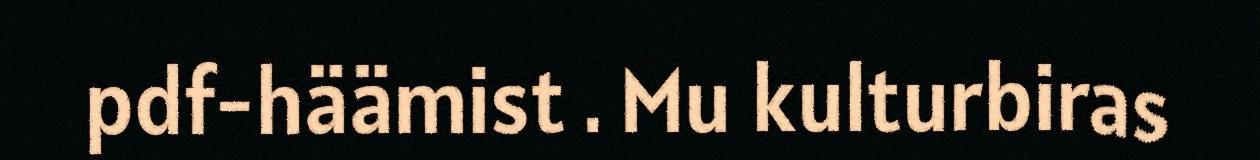
pdf-häämist . Mu kulturbiras